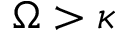
\Omega > \kappa